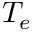
T _ { e }